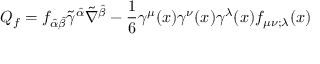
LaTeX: Q _ { f } = f _ { \hat { \alpha } \hat { \beta } } \tilde { \gamma } ^ { \hat { \alpha } } \tilde { \nabla } ^ { \hat { \beta } } - \frac { 1 } { 6 } \gamma ^ { \mu } ( x ) \gamma ^ { \nu } ( x ) \gamma ^ { \lambda } ( x ) f _ { \mu \nu ; \lambda } ( x )